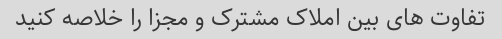
تفاوت های بین املاک مشترک و مجزا را خلاصه کنید